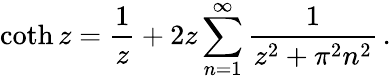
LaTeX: \coth z=\frac{1}{z}+2z\sum_{n=1}^{\infty}\frac{1}{z^{2}+\pi^{2}n^{2}}\, {.}